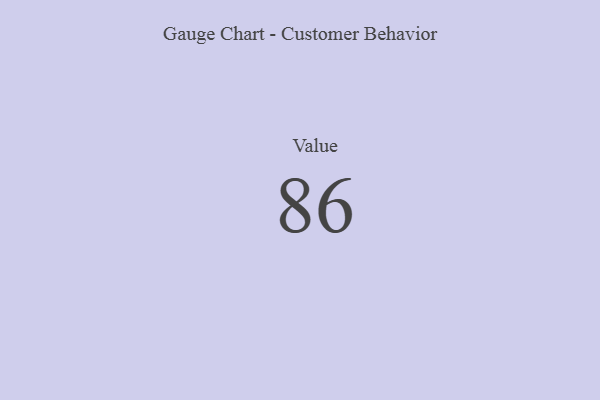
{"axis": {"x": "Metric", "y": "Value"}, "legend": [""], "data": [{"x": "Value", "y": 86, "type": ""}]}